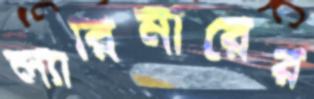
ল্যারিমারের